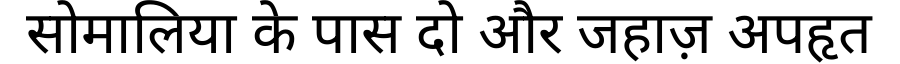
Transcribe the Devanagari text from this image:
सोमालिया के पास दो और जहाज़ अपहृत